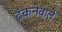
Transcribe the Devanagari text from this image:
ढंकनेवाले